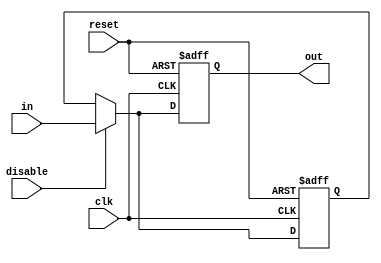
module DisableBlock (
    input wire clk,          // Clock signal
    input wire reset,        // Asynchronous reset signal
    input wire disable,      // Control signal to enable/disable the block
    input wire [N-1:0] in,   // Input data (N-bit wide)
    output reg [N-1:0] out   // Output data (N-bit wide)
);
    parameter N = 8;         // Parameter for data width, can be adjusted

    // Internal register to hold the last output value
    reg [N-1:0] last_out;

    always @(posedge clk or posedge reset) begin
        if (reset) begin
            out <= 0;          // Reset output to 0
            last_out <= 0;     // Reset last output to 0
        end else if (disable) begin
            // Block is active, pass input to output
            out <= in;
            last_out <= in;    // Store the last output value
        end else begin
            // Block is inactive, hold last output value
            out <= last_out;    // Maintain last output value
            // Optionally, you could reset to a predefined state here
            // out <= PREDEFINED_STATE; // Uncomment to reset to a specific state
        end
    end
endmodule